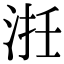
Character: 𣵱